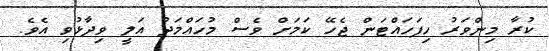
ކުރާ މިންވަރު ހިފަހައްޓަން ޖެހޭ ކަމަށް ވެސް މުހައްމަދު އަލީ ވިދާޅުވި އެވެ.